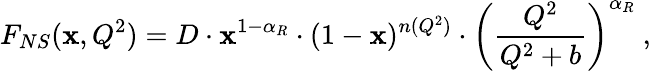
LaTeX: F_{NS}(\mathbf{x},Q^{2})=D\cdot\mathbf{x}^{1-\alpha_{R}}\cdot(1-\mathbf{x})^{n(Q^{2})}\cdot\left(\frac{{Q^{2}}}{{Q^{2}+b}}\right)^{\alpha_{R}}\ ,